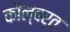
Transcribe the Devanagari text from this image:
कोल्बर्त